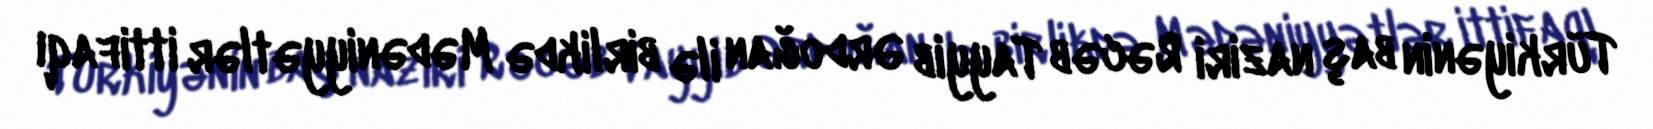
Türkiyənin baş naziri Rəcəb Tayyib Ərdoğan ilə birlikdə Mədəniyyətlər ittifaqı